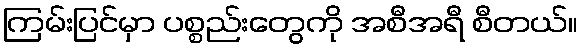
ကြမ်းပြင်မှာ ပစ္စည်းတွေကို အစီအရီ စီတယ်။